Report on the administration of the Government Cinchona Department 1892-98
Year: 1892
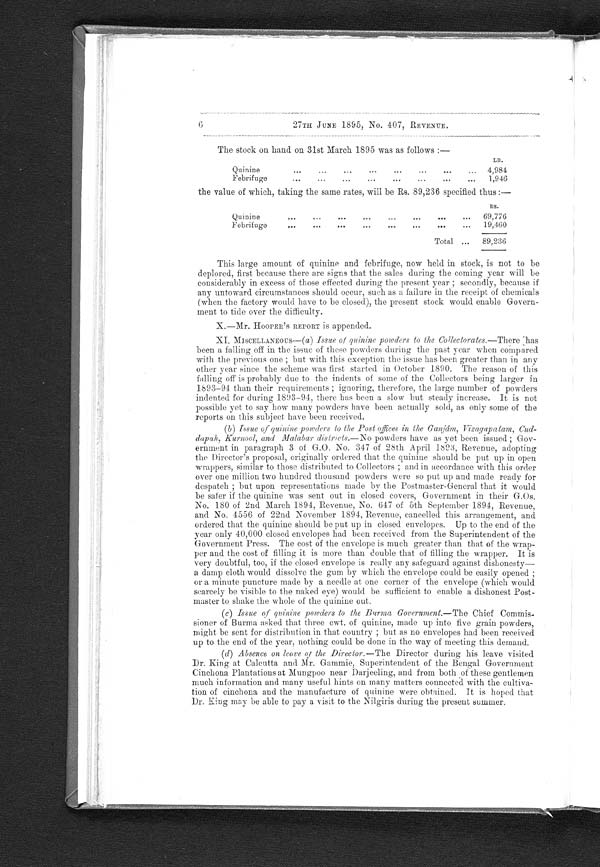
27TH JUNE 1895, No. 407, REVENUE.
The stock on hand on 31st March 1895 was as follows :-
Quinine
Febrifuge
LB.
4,984
1,946
the value of which, taking the same rates, will be Rs. 89,236 specified thus :-
RS.
Quinine
69,776
Febrifuge
19,460
Total
89,236
This large amount of quinine and febrifuge, now held in stock, is not to be
deplored, first because there are signs that the sales during the coming year will be
considerably in excess of those effected during the present year ; secondly, because if
any untoward circumstances should occur, such as a failure in the receipt of chemicals
(when the factory would have to be closed), the present stock would enable Govern
-ment to tide over the difficulty.
X.—Mr. HOOPER' S REPORT is appended.
X I . M I S C E L L A N E O U S — (a
) Issue of quinine powders to the Collectorates.—There has
been a falling off in the issue of these powders during the past year when compared
with the previous one ; but with this exception the issue has been greater than in any
other year since the scheme was first started in October 1890. The reason of this
falling off is probably due to the indents of some of the Collectors being larger in
1893-94 than their requirements ; ignoring, therefore, the large number of powders
indented for during 1893-94, there has been a slow but steady increase. It is not
possible yet to say how many powders have been actually sold, as only some of the
reports on this subject have been received.
(b) Issue of quinine powders to the Post offices in the Ganjám, Vizagapatam, Cud
- d a p a h , K u r n o o l , a n d M a l a b a r d i s t r i c t s . —N
o
powders have as yet been issued ; Gov
- e r n m e n t i n p a r a g r a p h 3 o f G . O . N o . 3 4 7 o f 2 8 t h A p r i l 1 8 9 3 , R e v e n u e , a d o p t i n g
the Director's proposal, originally ordered that the quinine should be put up in open
wrappers, similar to those distributed to Collectors ; and in accordance with this order
over one million two hundred thousand powders were so put up and made ready for
d e s p a t c h ; b u t u p o n r e p r e s e n t a t i o n s m a d e b y t h e P o s t m a s t e r - G e n e r a l t h a t i t w o u l d
be safer if the quinine was sent out in closed covers, Government in their G.Os.
No. 180 of 2nd March 1894, Revenue, No. 647 of 5th September 1894, Revenue,
and No. 4556 of 22nd November 1894, Revenue, cancelled this arrangement, and
ordered that the quinine should be put up in closed envelopes. Up to the end of the
year only 40,000 closed envelopes had been received from the Superintendent of the
Government Press. The cost of the envelope is much greater than that of the wrap
- p e r a n d t h e c o s t o f f i l l i n g i t i s m o r e t h a n d o u b l e t h a t o f f i l l i n g t h e w r a p p e r . I t i s
very doubtful, too, if the closed envelope is really any safeguard against dishonesty—
a damp cloth would dissolve the gum by which the envelope could be easily opened ;
or a minute puncture made by a needle at one corner of the envelope (which would
scarcely be visible to the naked eye) would be sufficient to enable a dishonest Post
- m a s t e r t o s h a k e t h e w h o l e o f t h e q u i n i n e o u t .
(c) Issue of quinine powders to the Burma Government.—The Chief Commis
- s i o n e r o f B u r m a a s k e d t h a t t h r e e c w t . o f q u i n i n e , m a d e u p i n t o f i v e g r a i n p o w d e r s ,
might be sent for distribution in that country ; but as no envelopes had been received
up to the end of the year, nothing could be done in the way of meeting this demand.
(d) Absence on leave of the Director.—The Director during his leave visited
Dr. King at Calcutta and Mr. Gammie, Superintendent of the Bengal Government
Cinchona Plantations at Mungpoo near Darjeeling, and from both of these gentlemen
much information and many useful hints on many matters connected with the cultiva
- t i o n o f c i n c h o n a a n d t h e m a n u f a c t u r e o f q u i n i n e w e r e o b t a i n e d . I t i s h o p e d t h a t
Dr. King may be able to pay a visit to the Nilgiris during the present summer.